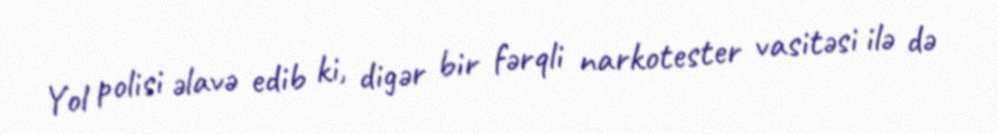
Yol polisi əlavə edib ki, digər bir fərqli narkotester vasitəsi ilə də